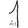
Digit: 1